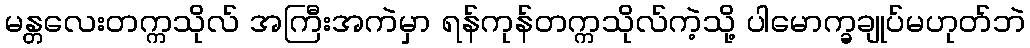
မန္တလေးတက္ကသိုလ် အကြီးအကဲမှာ ရန်ကုန်တက္ကသိုလ်ကဲ့သို့ ပါမောက္ခချုပ်မဟုတ်ဘဲ